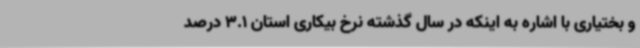
و بختیاری با اشاره به اینکه در سال گذشته نرخ بیکاری استان 3.1 درصد